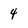
Character: 4